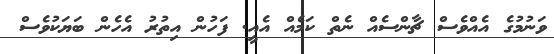
ވަނުމުގެ އެއްވެސް ޗާންސެއް ނެތް ކަމެއް އެއީ. ފަހުން އިތުރު އެހެން ބަޔަކުވެސް